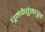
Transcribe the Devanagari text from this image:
धूमकेतूंमधून